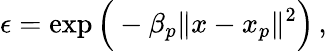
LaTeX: \epsilon=\exp\Big(-\beta_{p}\| x-x_{p}\| ^{2}\Big)\, ,